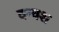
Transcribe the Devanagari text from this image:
वन्वश